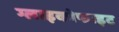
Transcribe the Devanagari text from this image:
ग्लाइकोफाइट